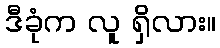
ဒီခုံက လူ ရှိလား။